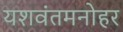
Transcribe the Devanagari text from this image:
यशवंतमनोहर